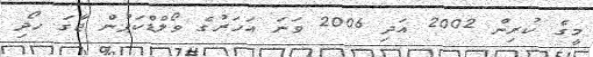
މީގެ ކުރިން 2002 އަދި 2006 ވަނަ އަހަރުގެ ވޯލްޑްކަޕުން ޖާގަ ހޯދި